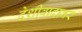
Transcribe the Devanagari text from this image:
देशीवादावर